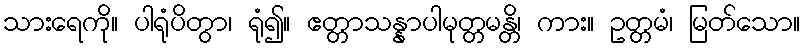
သားရေကို။ ပါရုံပိတွာ၊ ရုံ၍။ ဧတ္တာသန္နာပါမုတ္တမန္တိ၊ ကား။ ဥတ္တမံ၊ မြတ်သော။